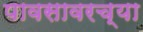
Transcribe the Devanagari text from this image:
पावसावरच्या